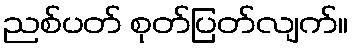
ညစ်ပတ် စုတ်ပြတ်လျက်။